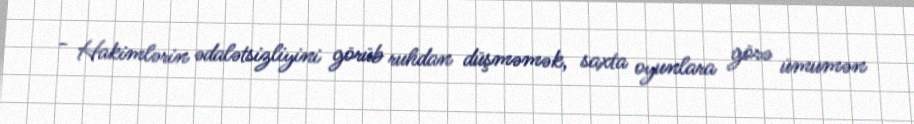
- Hakimlərin ədalətsizliyini görüb ruhdan düşməmək, saxta oyunlara görə ümumən